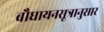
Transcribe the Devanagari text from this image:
बौधायनसूत्रानुसार